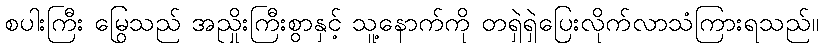
စပါးကြီး မြွေသည် အညှိုးကြီးစွာနှင့် သူ့နောက်ကို တရှဲရှဲပြေးလိုက်လာသံကြားရသည်။